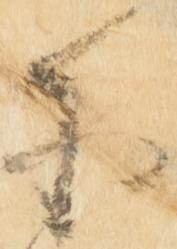
于